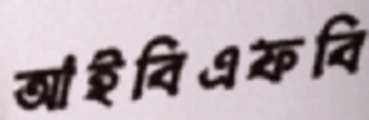
আইবিএফবি